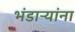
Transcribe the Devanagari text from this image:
भंडाऱ्यांना